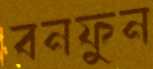
বনফুন